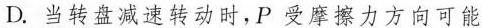
D.当转盘减速转动时，P受摩擦力方向可能